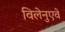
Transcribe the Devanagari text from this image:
विलेनुएवे